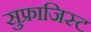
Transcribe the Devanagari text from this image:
सुफ्राजिस्ट